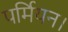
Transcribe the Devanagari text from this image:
पर्मियन।